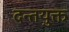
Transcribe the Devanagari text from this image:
दन्तयुक्त